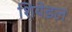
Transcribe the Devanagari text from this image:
शियेडल